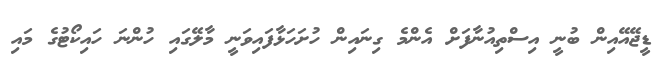
ޑީޖޭއޭއިން ބުނީ އިސްތިއުނާފަށް އެންމެ ގިނައިން ހުށަހަޅާފައިވަނީ މާލޭގައި ހުންނަ ހައިކޯޓުގެ މައި